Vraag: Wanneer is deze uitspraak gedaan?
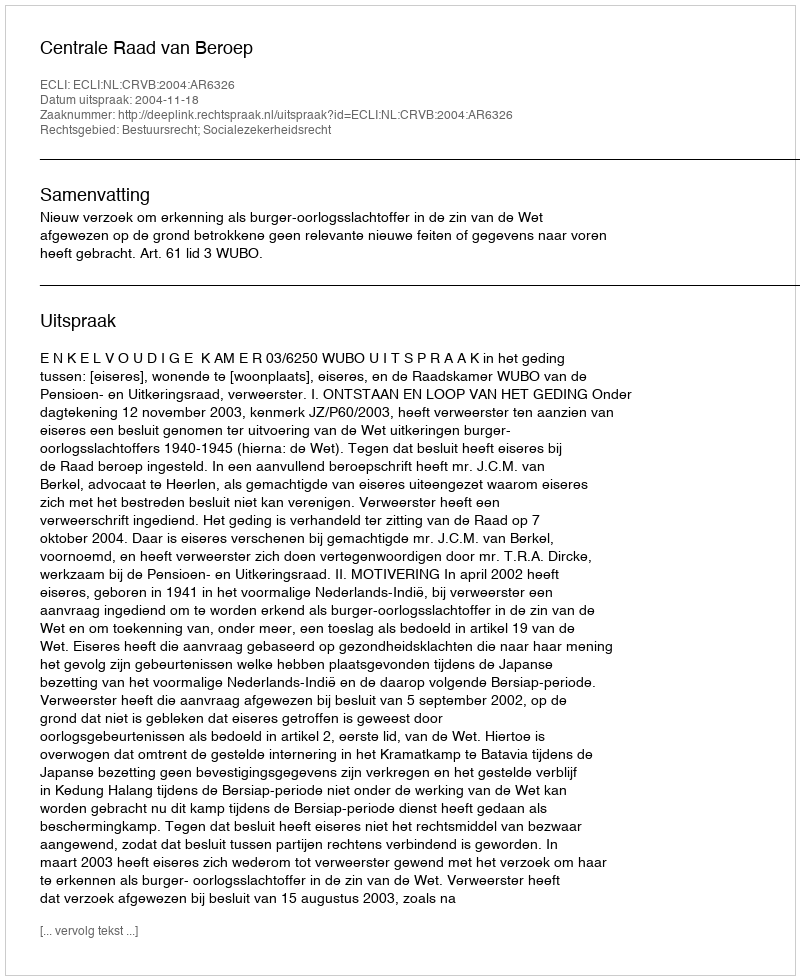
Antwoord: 2004-11-18